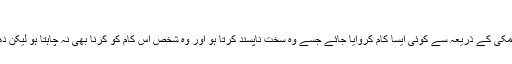
سائل: حافظہ سعدیہمقام: باغبانپورہ، لاہور
مُكْرَہ ایسے شخص کو کہتے ہیں جس سے زبردستی دھمکی کے ذریعہ سے کوئی ایسا کام کروایا جائے جسے وہ سخت ناپسند کرتا ہو اور وہ شخص اس کام کو کرنا بھی نہ چاہتا ہو لیکن دھمکی، خوف اور ڈر کے مارے اُسے وہ کام کرنا پڑے۔